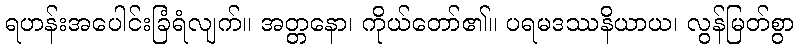
ရဟန်းအပေါင်းခြံရံလျက်။ အတ္တနော၊ ကိုယ်တော်၏။ ပရမဒဿနိယာယ၊ လွန်မြတ်စွာ